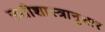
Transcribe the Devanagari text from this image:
उतीशास्त्रानुसार